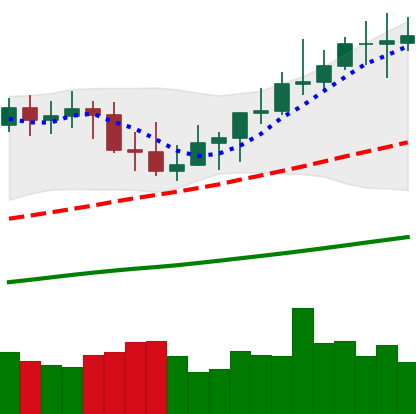
Ticker: XMR-USD
Chart end date: 2021-04-05
Forward return: 10.967%
Label: up_7plus